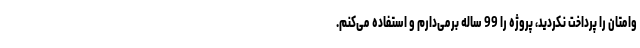
وامتان را پرداخت نکردید، پروژه را 99 ساله برمی‌دارم و استفاده می‌کنم.